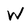
Character: W